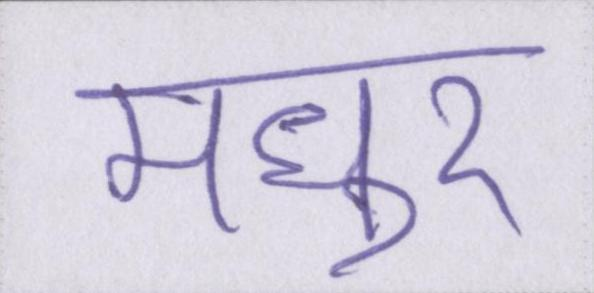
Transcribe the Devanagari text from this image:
मधुर